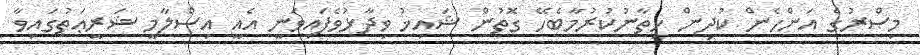
މިޞްރުގެ އަންހެން ކުދިން ޚިތާނުކުރުމާބެހޭ ގޮތުން ޝައިޚު ވިދާޅުވެފައިވަނީ އެއީ އިސްލާމީ ޝަރީޢަތުގައިވާ